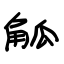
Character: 觚